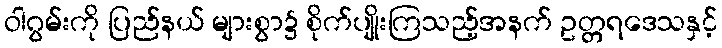
ဝါဂွမ်းကို ပြည်နယ် များစွာ၌ စိုက်ပျိုးကြသည့်အနက် ဥတ္တရဒေသနှင့်